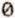
0